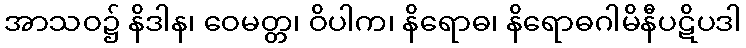
အာသဝ၌ နိဒါန၊ ဝေမတ္တ၊ ဝိပါက၊ နိရောဓ၊ နိရောဓဂါမိနီပဋိပဒါ